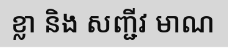
ខ្លា និង សញ្ជីវ មាណ